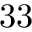
3 3